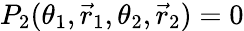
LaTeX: P_{2}(\theta_{1},\vec{r}_{1},\theta_{2},\vec{r}_{2})=0